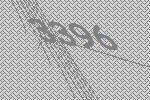
3396